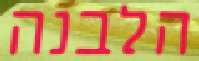
הלבנה